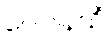
ဂေါပါနသိံ